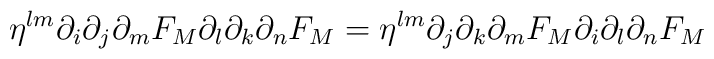
\eta^{lm}\partial_{i}\partial_{j}\partial_{m} F_{M}\partial_{l}\partial_{k}\partial_{n} F_{M} = \eta^{lm}\partial_{j}\partial_{k}\partial_{m} F_{M}\partial_{i}\partial_{l}\partial_{n} F_{M}